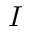
I